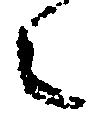
之